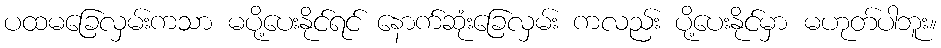
ပထမခြေလှမ်းကသာ မပို့ပေးနိုင်ရင် နောက်ဆုံးခြေလှမ်း ကလည်း ပို့ပေးနိုင်မှာ မဟုတ်ပါဘူး။